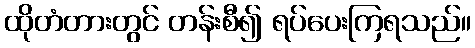
ထိုတံတားတွင် တန်းစီ၍ ရပ်ပေးကြရသည်။